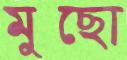
মুছো